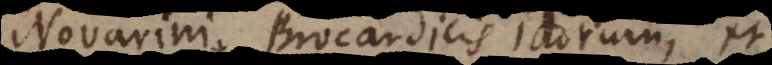
Novarini, Brocardicis Jurisconsultorum, et